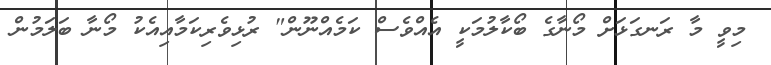
މިވީ މާ ރަނގަޅަށް މޯނާގެ ބޯކާލުމަކީ އެއްވެސް ކަމެއްނޫން" ރުޅިވެރިކަމާއިއެކު މޯނާ ބަލަމުން